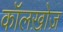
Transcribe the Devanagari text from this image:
कॉलख़ोज़